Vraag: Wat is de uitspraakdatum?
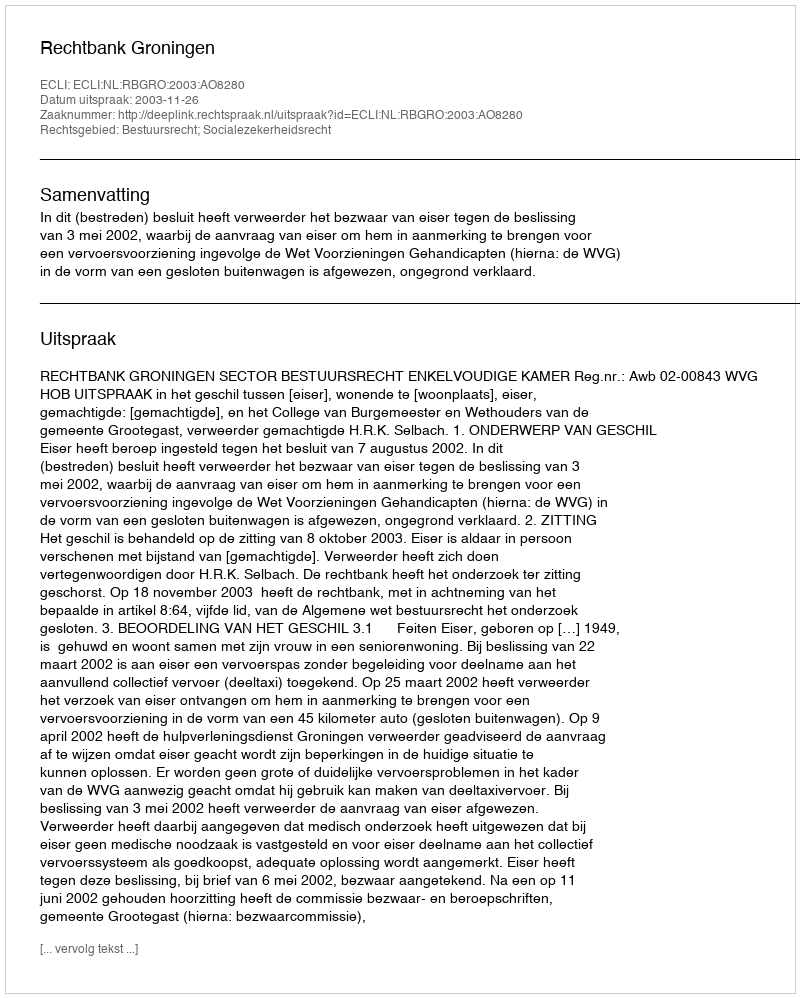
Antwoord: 2003-11-26